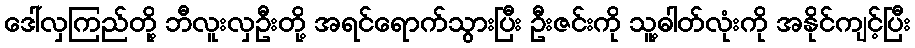
ဒေါ်လှကြည်တို့ ဘီလူးလှဦးတို့ အရင်ရောက်သွားပြီး ဦးဇင်းကို သူ့ဓါတ်လုံးကို အနိုင်ကျင့်ပြီး